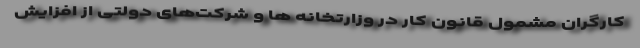
کارگران مشمول قانون کار در وزارتخانه ها و شرکت‌های دولتی از افزایش